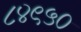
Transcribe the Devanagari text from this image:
८४९५०